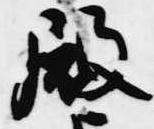
殿